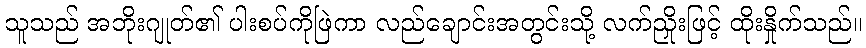
သူသည် အဘိုးဂျုတ်၏ ပါးစပ်ကိုဖြဲကာ လည်ချောင်းအတွင်းသို့ လက်ညှိုးဖြင့် ထိုးနှိုက်သည်။